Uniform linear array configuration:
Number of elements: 12
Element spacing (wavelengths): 0.25
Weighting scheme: hann
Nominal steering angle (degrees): -45
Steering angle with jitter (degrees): -44.754
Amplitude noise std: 0.05
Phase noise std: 0.05

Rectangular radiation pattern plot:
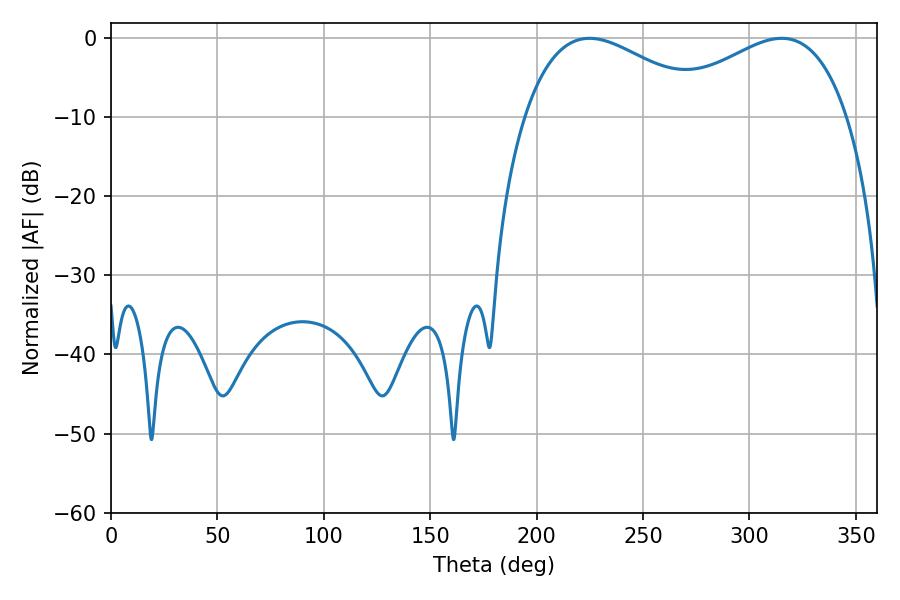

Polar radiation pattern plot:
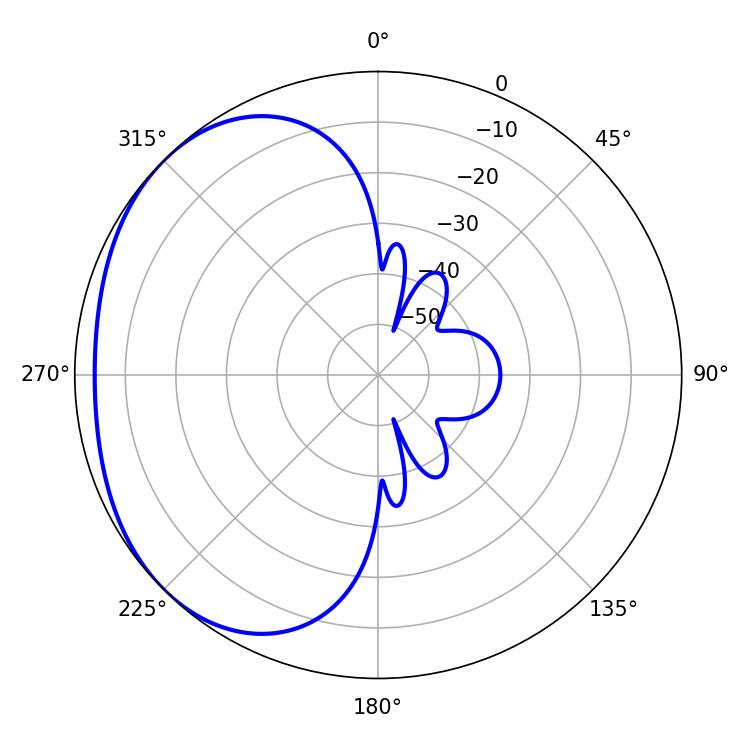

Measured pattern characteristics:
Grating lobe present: FALSE
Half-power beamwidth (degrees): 48.06
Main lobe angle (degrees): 224.82